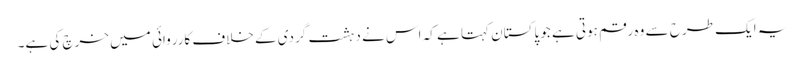
یہ ایک طرح سے وہ رقم ہوتی ہے جو پاکستان کہتا ہے کہ اس نے دہشت گردی کے خلاف کارروائی میں خرچ کی ہے۔